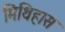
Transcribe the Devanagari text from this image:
मिथिहास